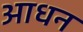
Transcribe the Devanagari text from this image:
आधन